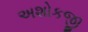
અશોકજી